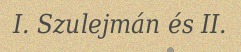
I. Szulejmán és II.